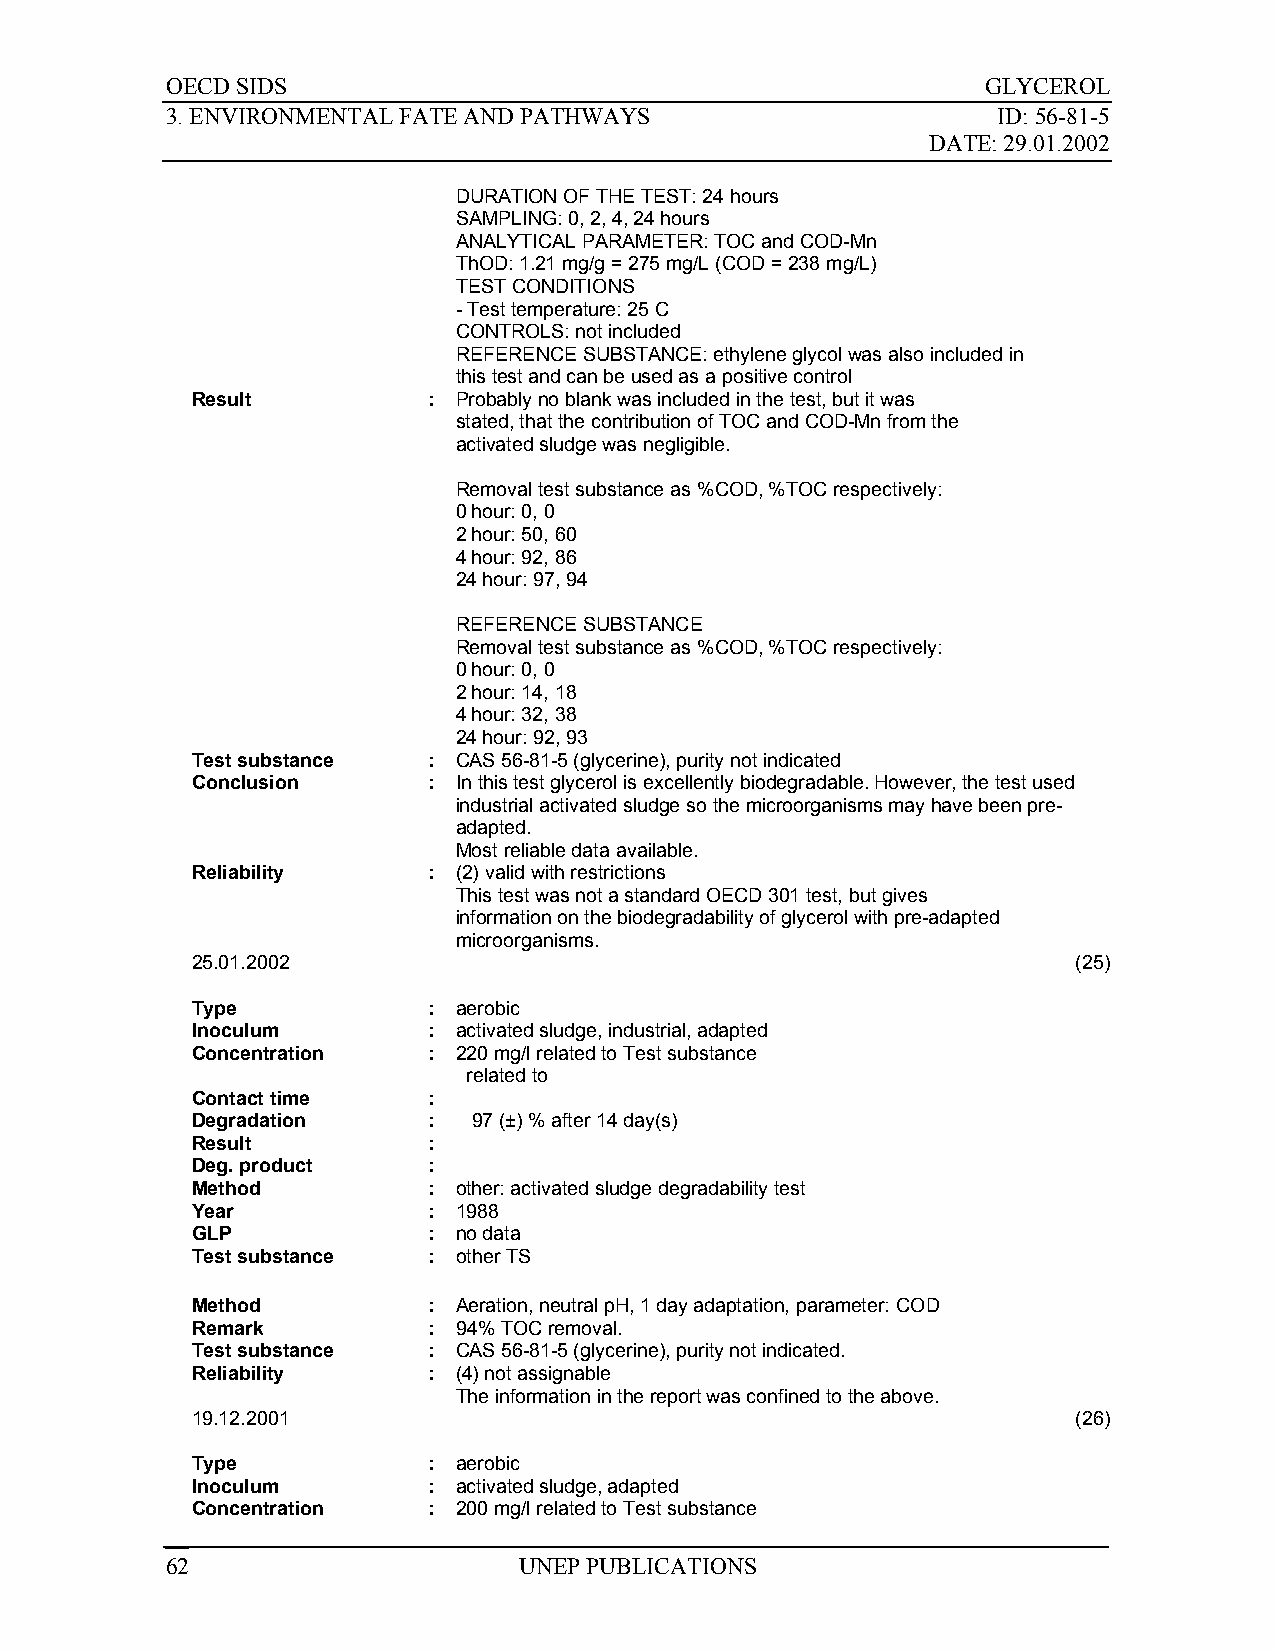
OECD SIDS                                             GLYCEROL
 3. ENVIRONMENTAL FATE AND PATHWAYS                     ID: 56-81-5
 DATE: 29.01.2002
 DURATION OF THE TEST: 24 hours
 SAMPLING: 0, 2, 4, 24 hours
 ANALYTICAL PARAMETER: TOC and COD-Mn
 ThOD: 1.21 mg/g = 275 mg/L (COD = 238 mg/L)
 TEST CONDITIONS
 - Test temperature: 25 C
 CONTROLS: not included
 REFERENCE SUBSTANCE: ethylene glycol was also included in
 this test and can be used as a positive control
 Result         : Probably no blank was included in the test, but it was
 stated, that the contribution of TOC and COD-Mn from the
 activated sludge was negligible.
 Removal test substance as %COD, %TOC respectively:
 0 hour: 0, 0
 2 hour: 50, 60
 4 hour: 92, 86
 24 hour: 97, 94
 REFERENCE SUBSTANCE
 Removal test substance as %COD, %TOC respectively:
 0 hour: 0, 0
 2 hour: 14, 18
 4 hour: 32, 38
 24 hour: 92, 93
 Test substance : CAS 56-81-5 (glycerine), purity not indicated
 Conclusion     : In this test glycerol is excellently biodegradable. However, the test used
 industrial activated sludge so the microorganisms may have been pre-
 adapted.
 Most reliable data available.
 Reliability    : (2) valid with restrictions
 This test was not a standard OECD 301 test, but gives
 information on the biodegradability of glycerol with pre-adapted
 microorganisms.
 25.01.2002                                                (25)
 Type           : aerobic
 Inoculum       : activated sludge, industrial, adapted
 Concentration  : 220 mg/l related to Test substance
 related to
 Contact time   :
 Degradation    :  97 (±) % after 14 day(s)
 Result         :
 Deg. product   :
 Method         : other: activated sludge degradability test
 Year           : 1988
 GLP            : no data
 Test substance : other TS
 Method         : Aeration, neutral pH, 1 day adaptation, parameter: COD
 Remark         : 94% TOC removal.
 Test substance : CAS 56-81-5 (glycerine), purity not indicated.
 Reliability    : (4) not assignable
 The information in the report was confined to the above.
 19.12.2001                                                (26)
 Type           : aerobic
 Inoculum       : activated sludge, adapted
 Concentration  : 200 mg/l related to Test substance
 62                     UNEP PUBLICATIONS